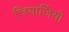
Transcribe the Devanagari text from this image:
जियार्जियो